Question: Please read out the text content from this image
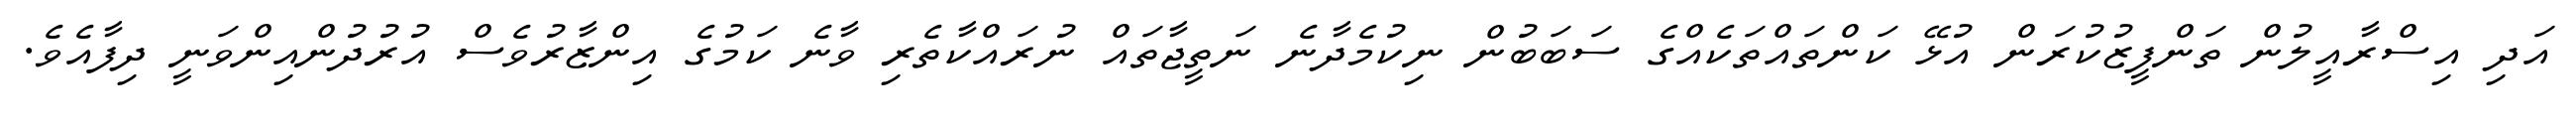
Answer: އަދި އިސްރާއީލުން ތަންފީޒުކުރަން އުޅޭ ކަންތައްތަކެއްގެ ސަބަބުން ނިކުމެދާނެ ނަތީޖާތައް ނުރައްކާތެރި ވާނެ ކަމުގެ އިންޒާރުވެސް އުރުދުންއިންވަނީ ދިފާއެވެ.